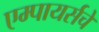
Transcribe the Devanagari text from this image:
एम्पायर्सचे